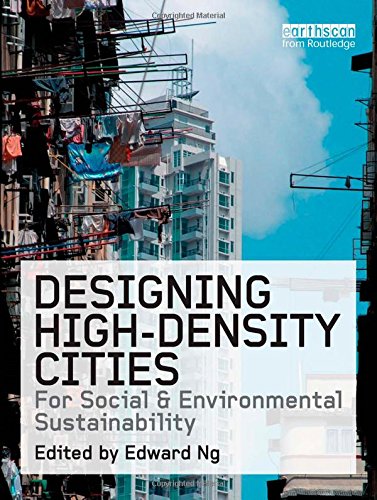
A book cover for Designing High-Density Cities: For Social and Environmental Sustainability; Business & Money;